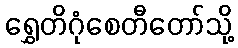
ရွှေတိဂုံစေတီတော်သို့